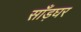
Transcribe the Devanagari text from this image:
साँड़घर